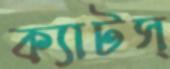
ক্যাটস্